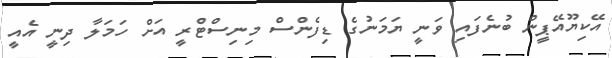
އޭކިޔޫއޭޕީން ބުނެފައި ވަނީ ޔަމަނުގެ ޑިފެންސް މިނިސްޓްރީ އަށް ހަމަލާ ދިނީ އެއީ